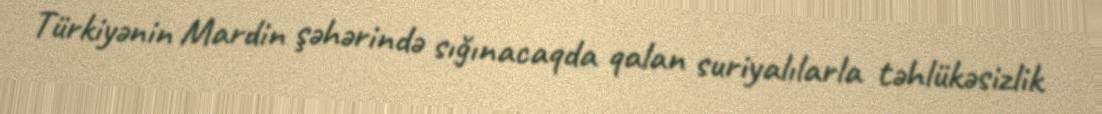
Türkiyənin Mardin şəhərində sığınacaqda qalan suriyalılarla təhlükəsizlik